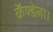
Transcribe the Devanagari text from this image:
कॅण्डेला।